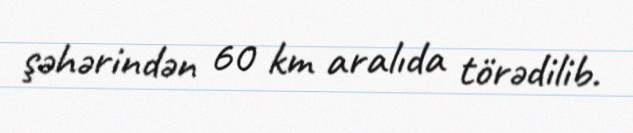
şəhərindən 60 km aralıda törədilib.